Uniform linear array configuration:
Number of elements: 4
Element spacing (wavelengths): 1
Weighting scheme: hann
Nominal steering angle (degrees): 0
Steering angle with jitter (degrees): -1.221
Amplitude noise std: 0.05
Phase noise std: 0.05

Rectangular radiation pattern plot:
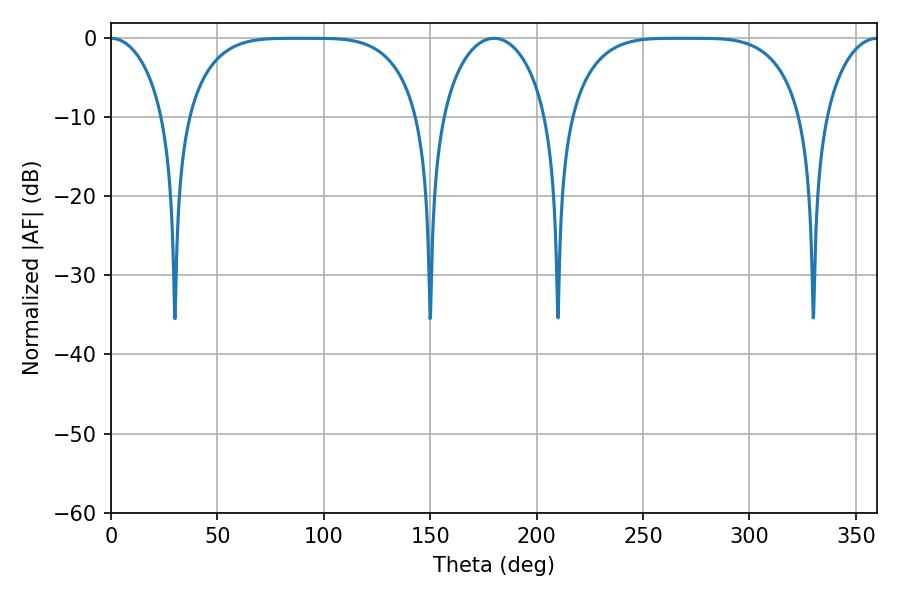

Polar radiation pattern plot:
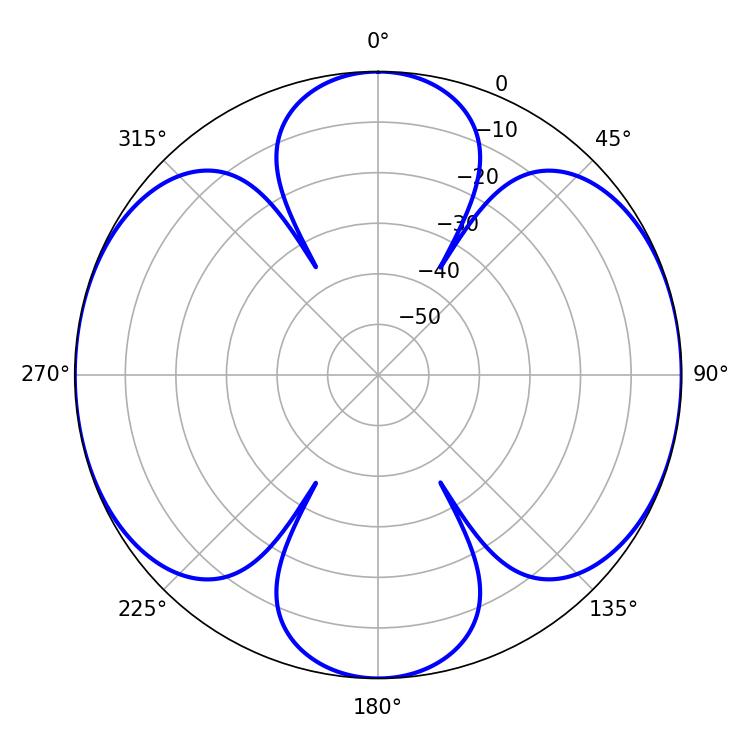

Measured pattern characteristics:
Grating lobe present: TRUE
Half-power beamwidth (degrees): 82.8
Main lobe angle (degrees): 268.92